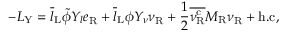
- { \cal L } _ { \mathrm { Y } } = \overline { { { l } } } _ { \mathrm { L } } \tilde { \phi } Y _ { l } e _ { \mathrm { R } } ^ { ~ } + \overline { { { l } } } _ { \mathrm { L } } \phi Y _ { \nu } \nu _ { \mathrm { R } } ^ { ~ } + \frac { 1 } { 2 } \overline { { { \nu _ { \mathrm { R } } ^ { \mathrm { c } } } } } M _ { \mathrm { R } } \nu _ { \mathrm { R } } ^ { ~ } + \mathrm { h . c } , ~